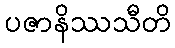
ပဇာနိဿသီတိ